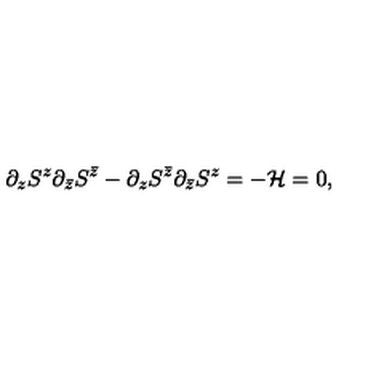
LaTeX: \partial _ { z } S ^ { z } \partial _ { \bar { z } } S ^ { \bar { z } } - \partial _ { z } S ^ { \bar { z } } \partial _ { \bar { z } } S ^ { z } = - { \cal H } = 0 ,